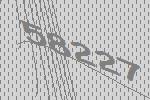
58227